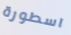
اسطورة